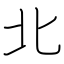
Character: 北